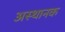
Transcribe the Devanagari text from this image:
अस्थानक